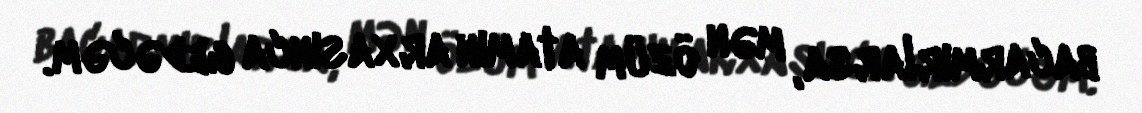
bacarmırlarsa, mən özüm atamın arxasınca gedəcəm.